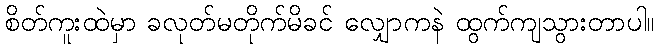
စိတ်ကူးထဲမှာ ခလုတ်မတိုက်မိခင် လျှောကနဲ ထွက်ကျသွားတာပါ။